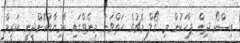
އިސްކޯ ދިން ޕާހަކުން މި ގޯލް މެޗުގެ ހަތްވަނަ މިނެޓްގައި ކާމިޔާބުކޮށްދިނީ ކަރީމް